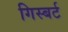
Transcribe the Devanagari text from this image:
गिस्बर्ट